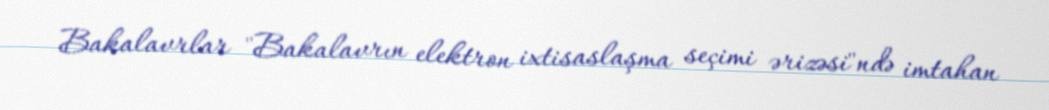
Bakalavrlar "Bakalavrın elektron ixtisaslaşma seçimi ərizəsi"ndə imtahan